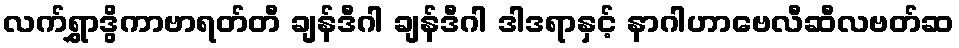
လက်ရွှာဒွိကာဗာရတ်တီ ချန်ဒီဂါ ချန်ဒီဂါ ဒါဒရာနှင့် နာဂါဟာဗေလီဆီလဗတ်ဆ